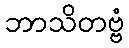
ဘာသိတဗ္ဗံ